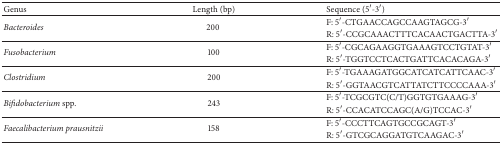
| Genus | Length (bp) | Sequence (5′-3′) |
 | --- | --- | --- |
 | <ROWSPAN=2> Bacteroides | <ROWSPAN=2> 200 | F: 5′-CTGAACCAGCCAAGTAGCG-3′ |
 | R: 5′-CCGCAAACTTTCACAACTGACTTA-3′ |
 | <ROWSPAN=2> Fusobacterium | <ROWSPAN=2> 100 | F: 5′-CGCAGAAGGTGAAAGTCCTGTAT-3′ |
 | R: 5′-TGGTCCTCACTGATTCACACAGA-3′ |
 | <ROWSPAN=2> Clostridium | <ROWSPAN=2> 200 | F: 5′-TGAAAGATGGCATCATCATTCAAC-3′ |
 | R: 5′-GGTAACGTCATTATCTTCCCCAAA-3′ |
 | <ROWSPAN=2> Bifidobacterium spp. | <ROWSPAN=2> 243 | F: 5′-TCGCGTC(C/T)GGTGTGAAAG-3′ |
 | R: 5′-CCACATCCAGC(A/G)TCCAC-3′ |
 | <ROWSPAN=2> Faecalibacterium prausnitzii | <ROWSPAN=2> 158 | F: 5′-CCCTTCAGTGCCGCAGT-3′ |
 | R: 5′-GTCGCAGGATGTCAAGAC-3′ |